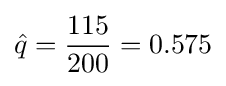
{\hat {q}}={\frac {115}{200}}=0.575